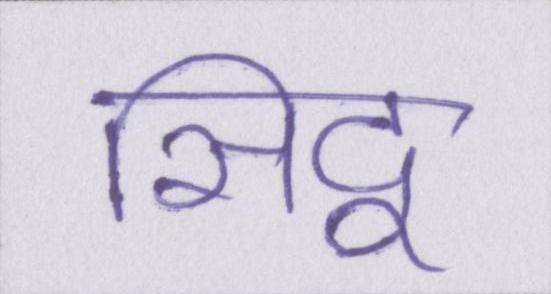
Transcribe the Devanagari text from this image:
सिद्व